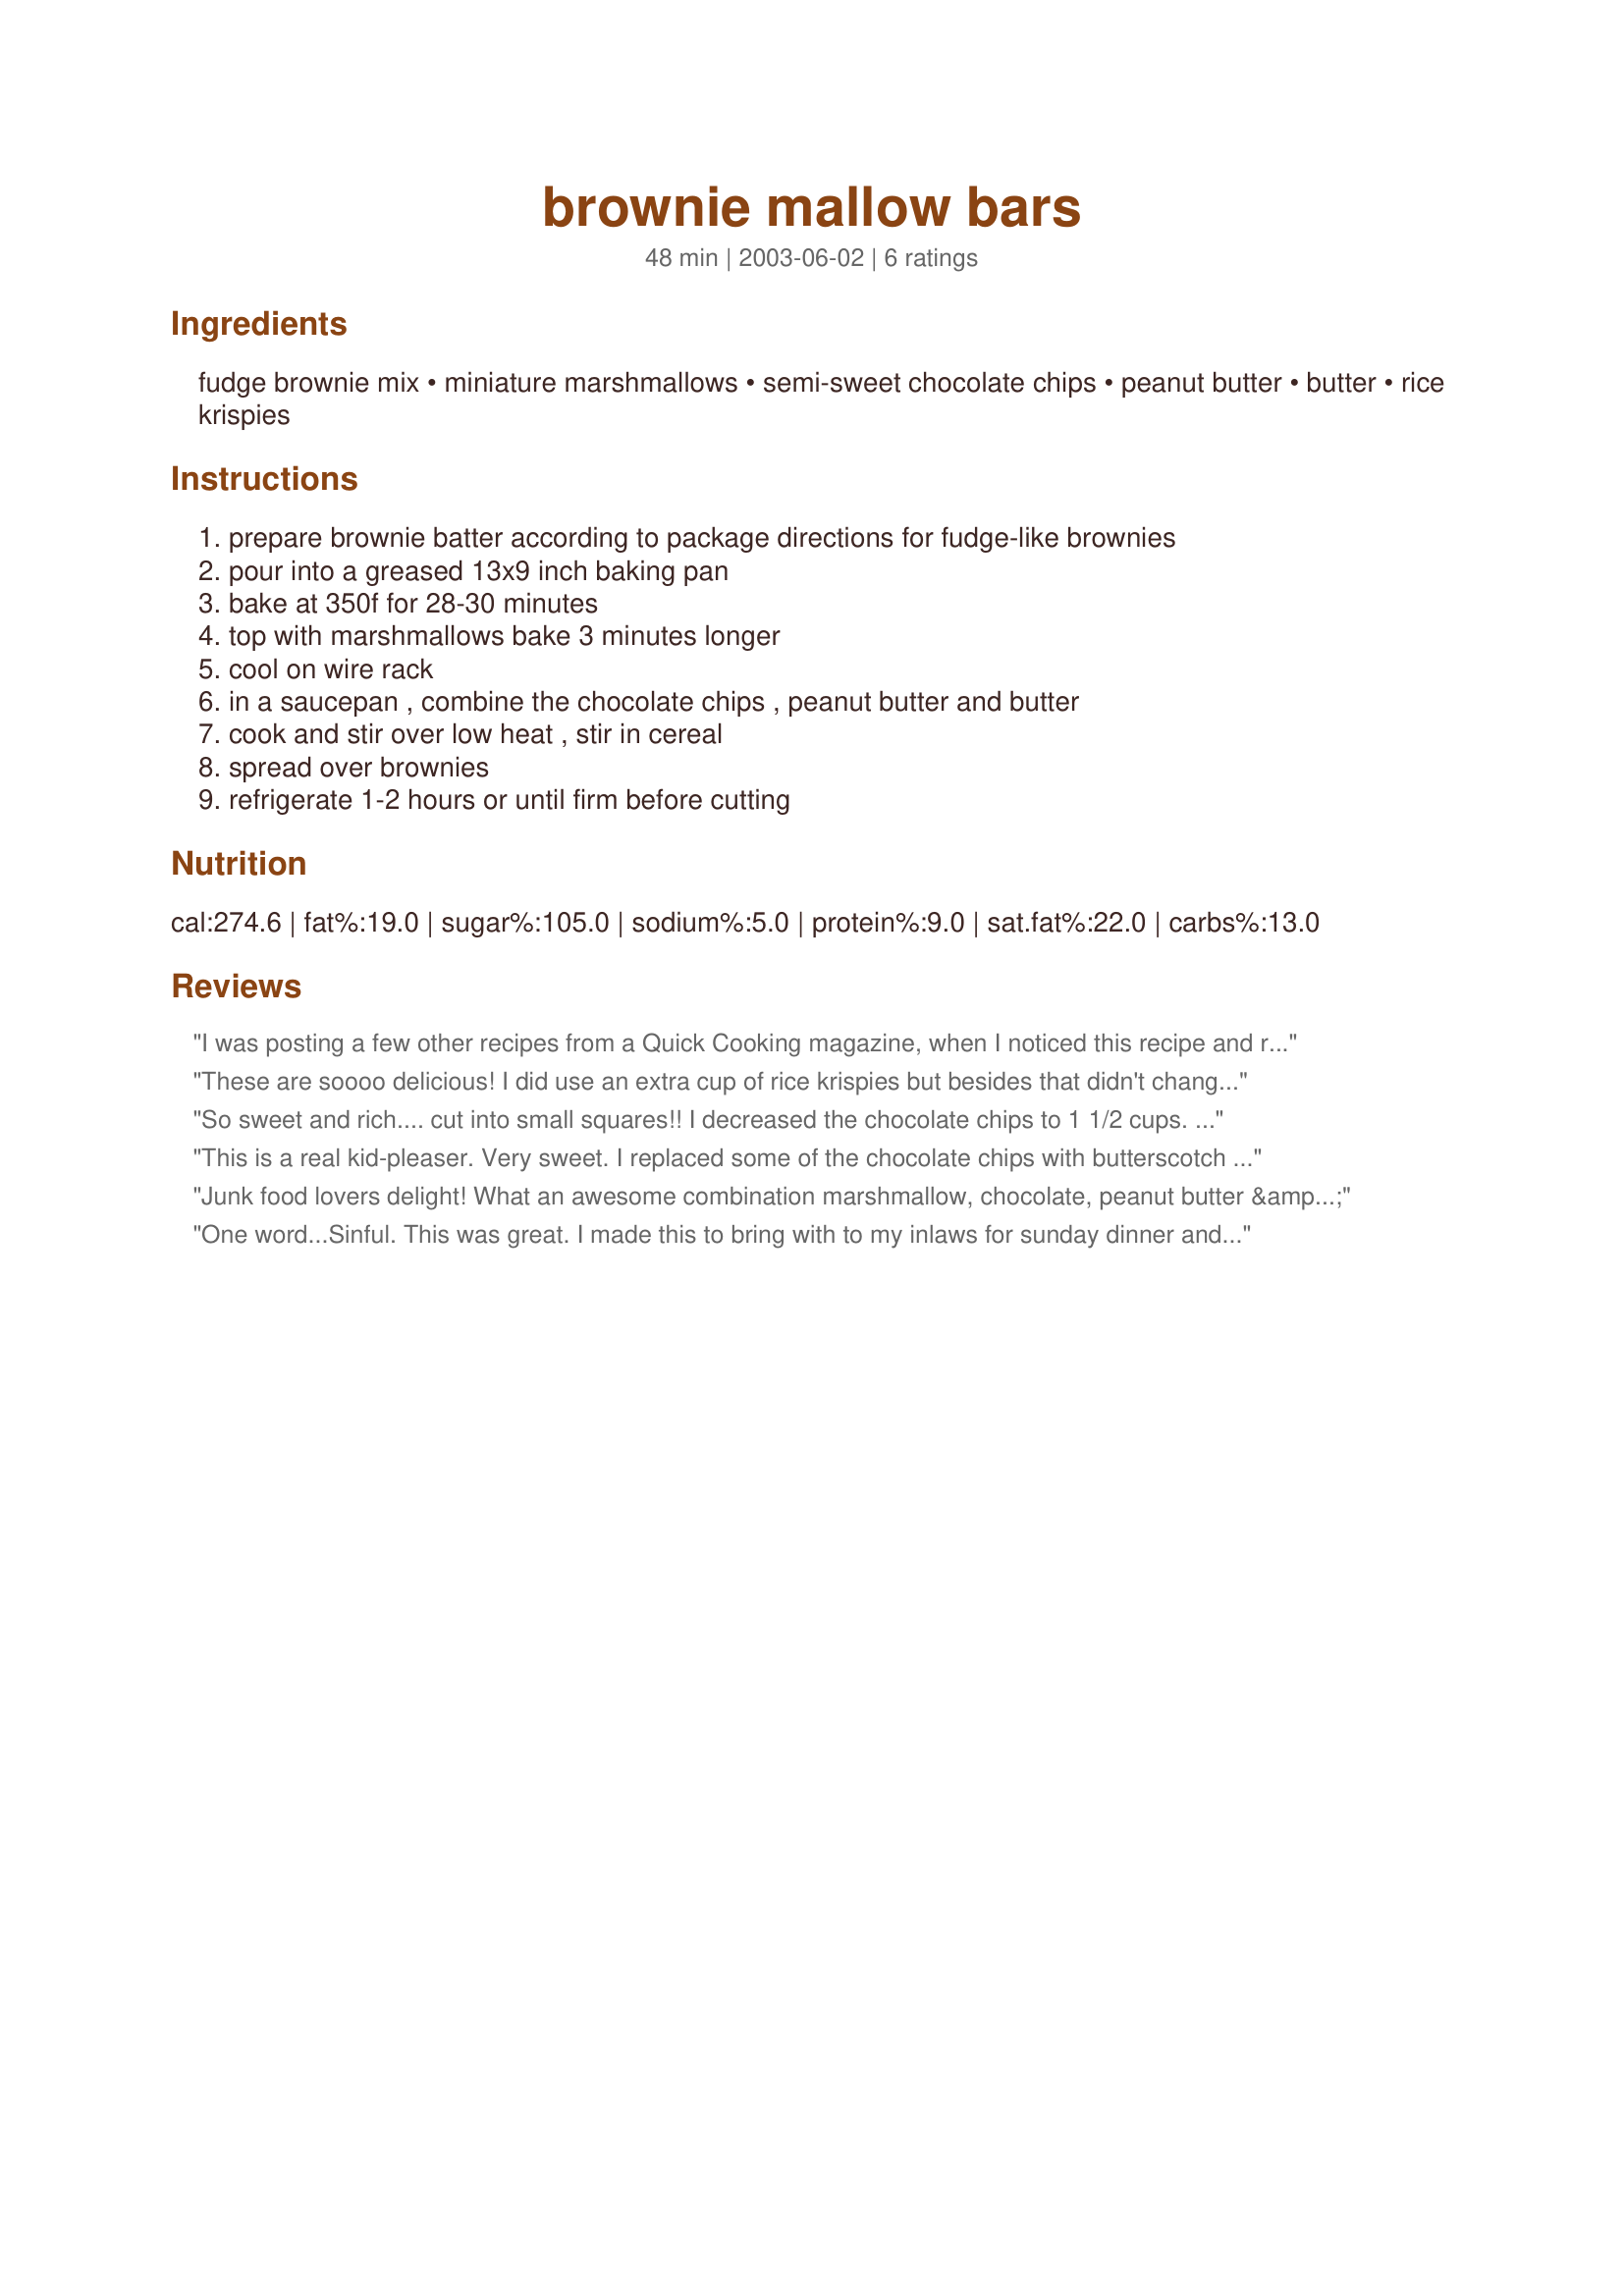
brownie mallow bars
Preparation time: 48 minutes

Ingredients:
fudge brownie mix, miniature marshmallows, semi-sweet chocolate chips, peanut butter, butter, rice krispies

Steps:
prepare brownie batter according to package directions for fudge-like brownies, pour into a greased 13x9 inch baking pan, bake at 350f for 28-30 minutes, top with marshmallows bake 3 minutes longer, cool on wire rack, in a saucepan , combine the chocolate chips , peanut butter and butter, cook and stir over low heat , stir in cereal, spread over brownies, refrigerate 1-2 hours or until firm before cutting

Reviews:
I was posting a few other recipes from a Quick Cooking magazine, when I noticed this recipe and realized these are the delicious squares that keep appearing at our church potluck meals! I was about to post it, when I saw it was already here. This stuff is awesome!!!!
These are soooo delicious! I did use an extra cup of rice krispies but besides that didn't change a thing. YUM thanks Just Cher!
So sweet and rich.... cut into small squares!! I decreased the chocolate chips to 1 1/2 cups. I also used 1/2 milk chocolate and 1/2 semi-sweet chocolate chips. The taste of the chocolate chip and rice cereal mixture seemed to over power the brownie and marshamallow layers. I would make these bars again.
This is a real kid-pleaser. Very sweet. I replaced some of the chocolate chips with butterscotch -- very good.
Junk food lovers delight! What an awesome combination marshmallow, chocolate, peanut butter & rice krispies turns out to be. They make a lovely breakfast with tea (and I mean that).
One word...Sinful. This was great. I made this to bring with to my inlaws for sunday dinner and none was left. I know my family are pigs. Thank you so much for posting this great recipe cher.
